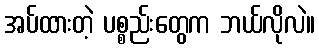
အပ်ထားတဲ့ ပစ္စည်းတွေက ဘယ်လိုလဲ။